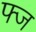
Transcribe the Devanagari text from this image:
फ्ज